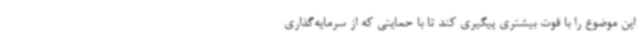
این موضوع را با قوت بیشتری پیگیری کند تا با حمایتی که از سرمایه‌گذاری